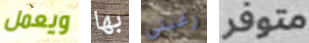
ويعمل بها رغبتي متوفر